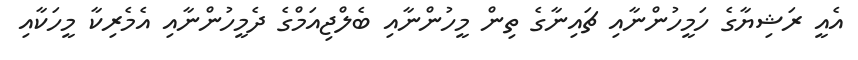
އެއީ ރަޝިޔާގެ ހަމީހުންނާއި ޗައިނާގެ ތިން މީހުންނާއި ބެލްޖިއަމްގެ ދެމީހުންނާއި އެމެރިކާ މީހަކާއި